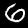
Digit: 6